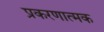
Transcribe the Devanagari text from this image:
प्रकरणात्मक